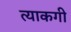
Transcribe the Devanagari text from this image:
त्याकगी